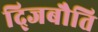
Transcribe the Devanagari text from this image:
द्जिबौति